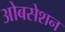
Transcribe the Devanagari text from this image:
ओबसेशन